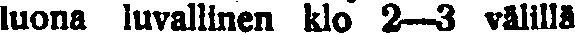
luona luvallinen klo 2—3 välillä